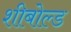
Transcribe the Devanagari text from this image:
शीबोल्ड